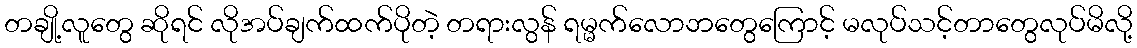
တချို့လူတွေ ဆိုရင် လိုအပ်ချက်ထက်ပိုတဲ့ တရားလွန် ရမ္မက်လောဘတွေကြောင့် မလုပ်သင့်တာတွေလုပ်မိလို့